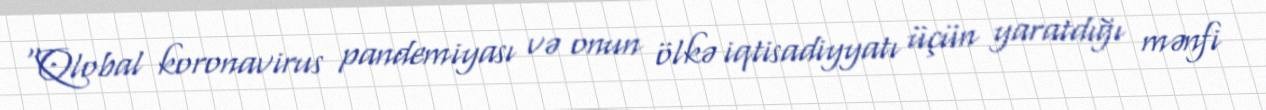
“Qlobal koronavirus pandemiyası və onun ölkə iqtisadiyyatı üçün yaratdığı mənfi